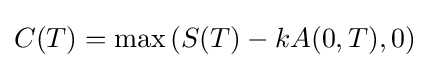
C(T)={\text{max}}\left(S(T)-kA(0,T),0\right)